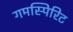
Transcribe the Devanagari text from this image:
गमस्पिरिट